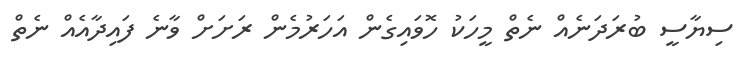
ސިޔާސީ ބުރަދަނެއް ނެތް މީހަކު ހޮވައިގެން އަހަރުމެން ރަށަށް ވާނެ ފައިދާއެއް ނެތް